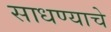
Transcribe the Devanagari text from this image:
साधण्‍याचे